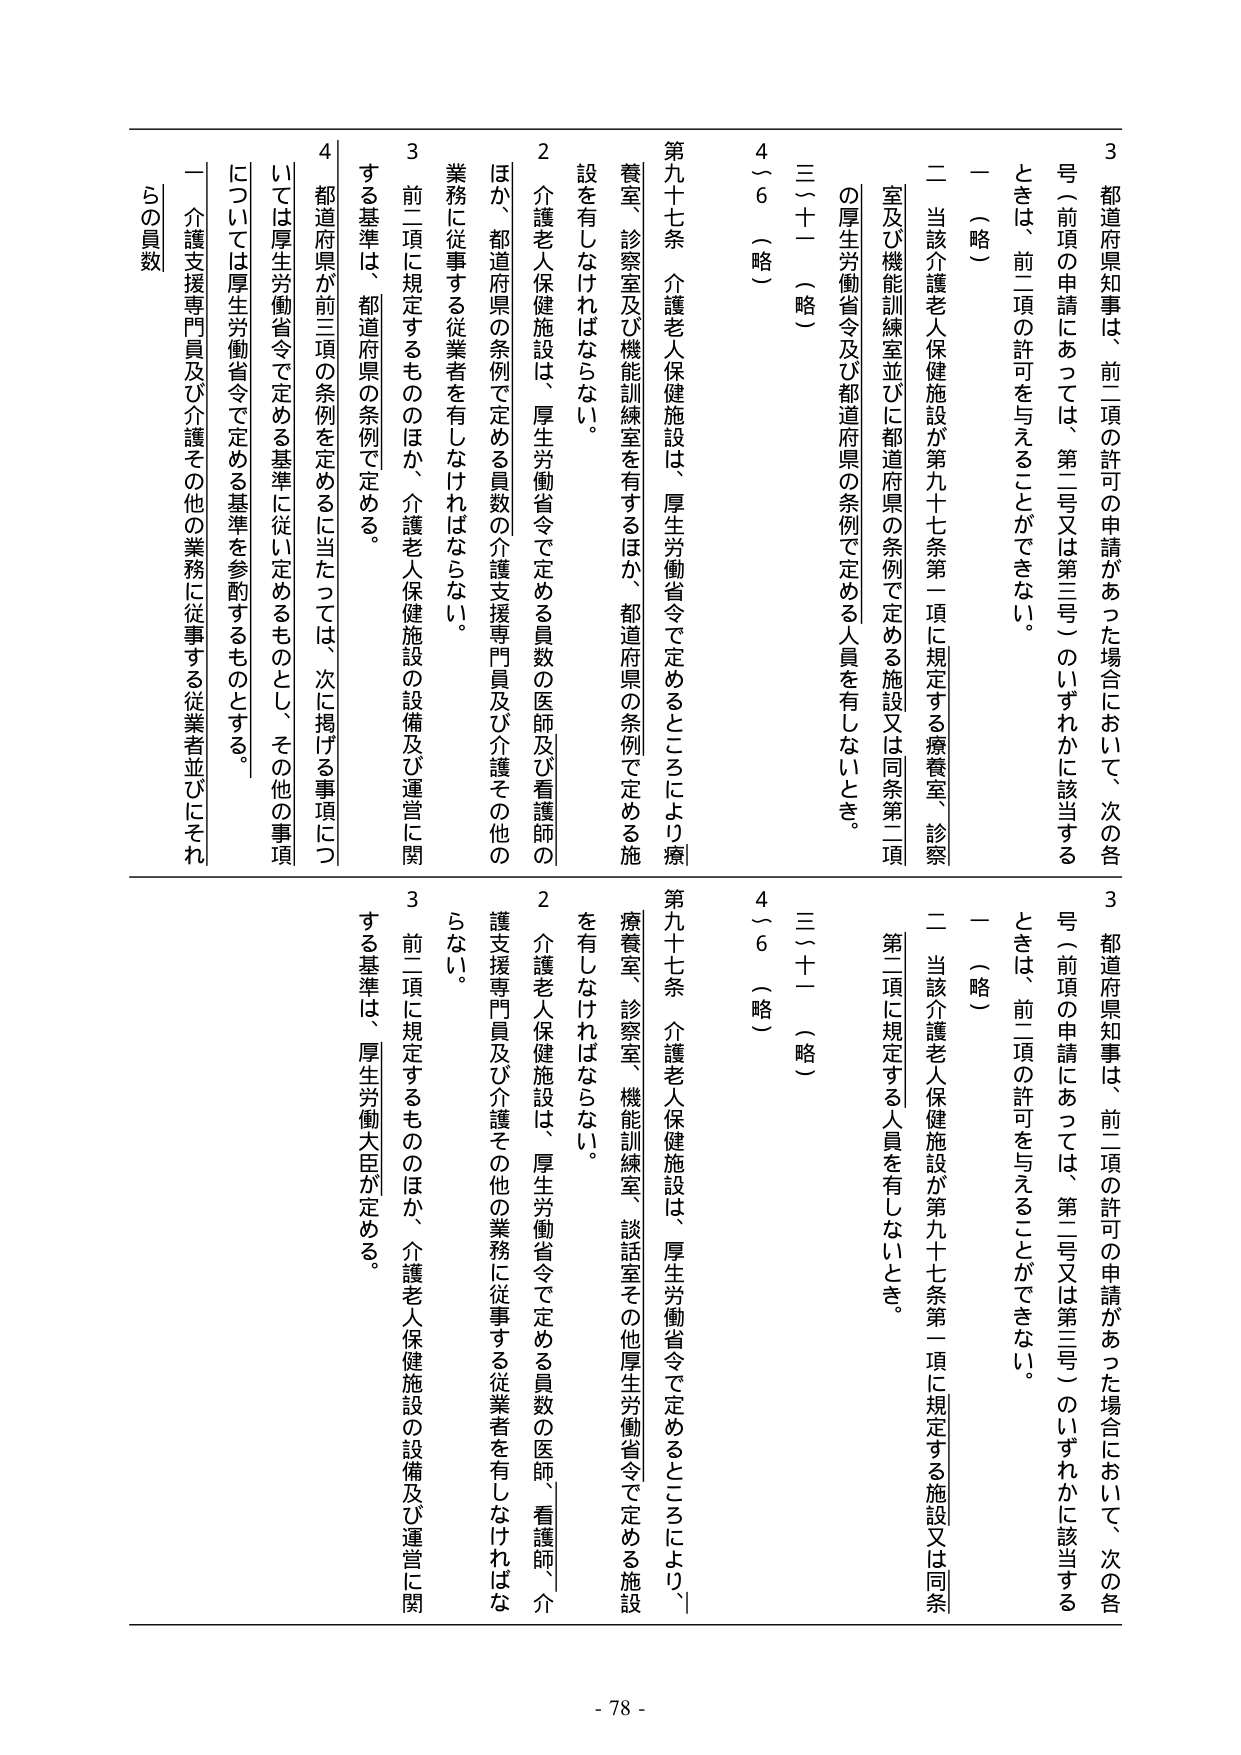
3 都道府県知事は、前二項の許可の申請があった場合において、次の各号（前項の申請にあっては、第二号又は第三号）のいずれかに該当するときは、前二項の許可を与えることができない。
一 （略）
二 当該介護老人保健施設が第九十七条第一項に規定する療養室、診察室及び機能訓練室並びに都道府県の条例で定める施設又は同条第二項の厚生労働省令及び都道府県の条例で定める人員を有しないとき。
三〜十一 （略）
4〜6 （略）

第九十七条 介護老人保健施設は、厚生労働省令で定めるところにより、療養室、診察室及び機能訓練室を有するほか、都道府県の条例で定める施設を有しなければならない。
2 介護老人保健施設は、厚生労働省令で定める員数の医師及び看護師のほか、都道府県の条例で定める員数の介護支援専門員及び介護その他の業務に従事する従業者を有しなければならない。
3 前二項に規定するもののほか、介護老人保健施設の設備及び運営に関する基準は、都道府県の条例で定める。
4 都道府県が前三項の条例を定めるに当たっては、次に掲げる事項については厚生労働省令で定める基準に従い定めるものとし、その他の事項については厚生労働省令で定める基準を参酌するものとする。
一 介護支援専門員及び介護その他の業務に従事する従業者並びにそれらの員数

3 都道府県知事は、前二項の許可の申請があった場合において、次の各号（前項の申請にあっては、第二号又は第三号）のいずれかに該当するときは、前二項の許可を与えることができない。
一 （略）
二 当該介護老人保健施設が第九十七条第一項に規定する施設又は同条第二項に規定する人員を有しないとき。
三〜十一 （略）
4〜6 （略）

第九十七条 介護老人保健施設は、厚生労働省令で定めるところにより、療養室、診察室、機能訓練室、談話室その他厚生労働省令で定める施設を有しなければならない。
2 介護老人保健施設は、厚生労働省令で定める員数の医師、看護師、介護支援専門員及び介護その他の業務に従事する従業者を有しなければならない。
3 前二項に規定するもののほか、介護老人保健施設の設備及び運営に関する基準は、厚生労働大臣が定める。

- 78 -